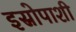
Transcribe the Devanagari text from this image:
इस्रोपाशी